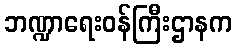
ဘဏ္ဍာရေးဝန်ကြီးဌာနက